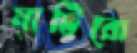
মাটিরো